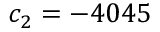
c _ { 2 } = - 4 0 4 5